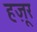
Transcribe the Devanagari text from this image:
हज़ूर